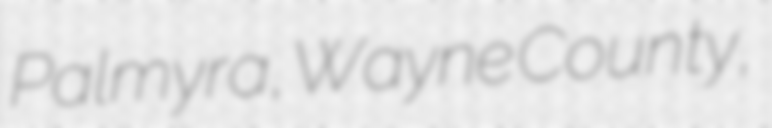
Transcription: Palmyra, Wayne County,